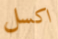
اكسل